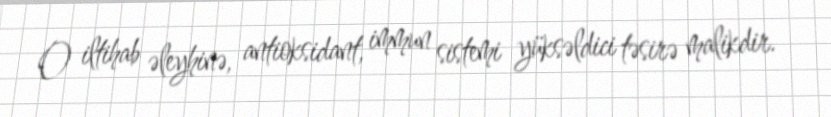
O iltihab əleyhinə, antioksidant, immun sistemi yüksəldici təsirə malikdir.